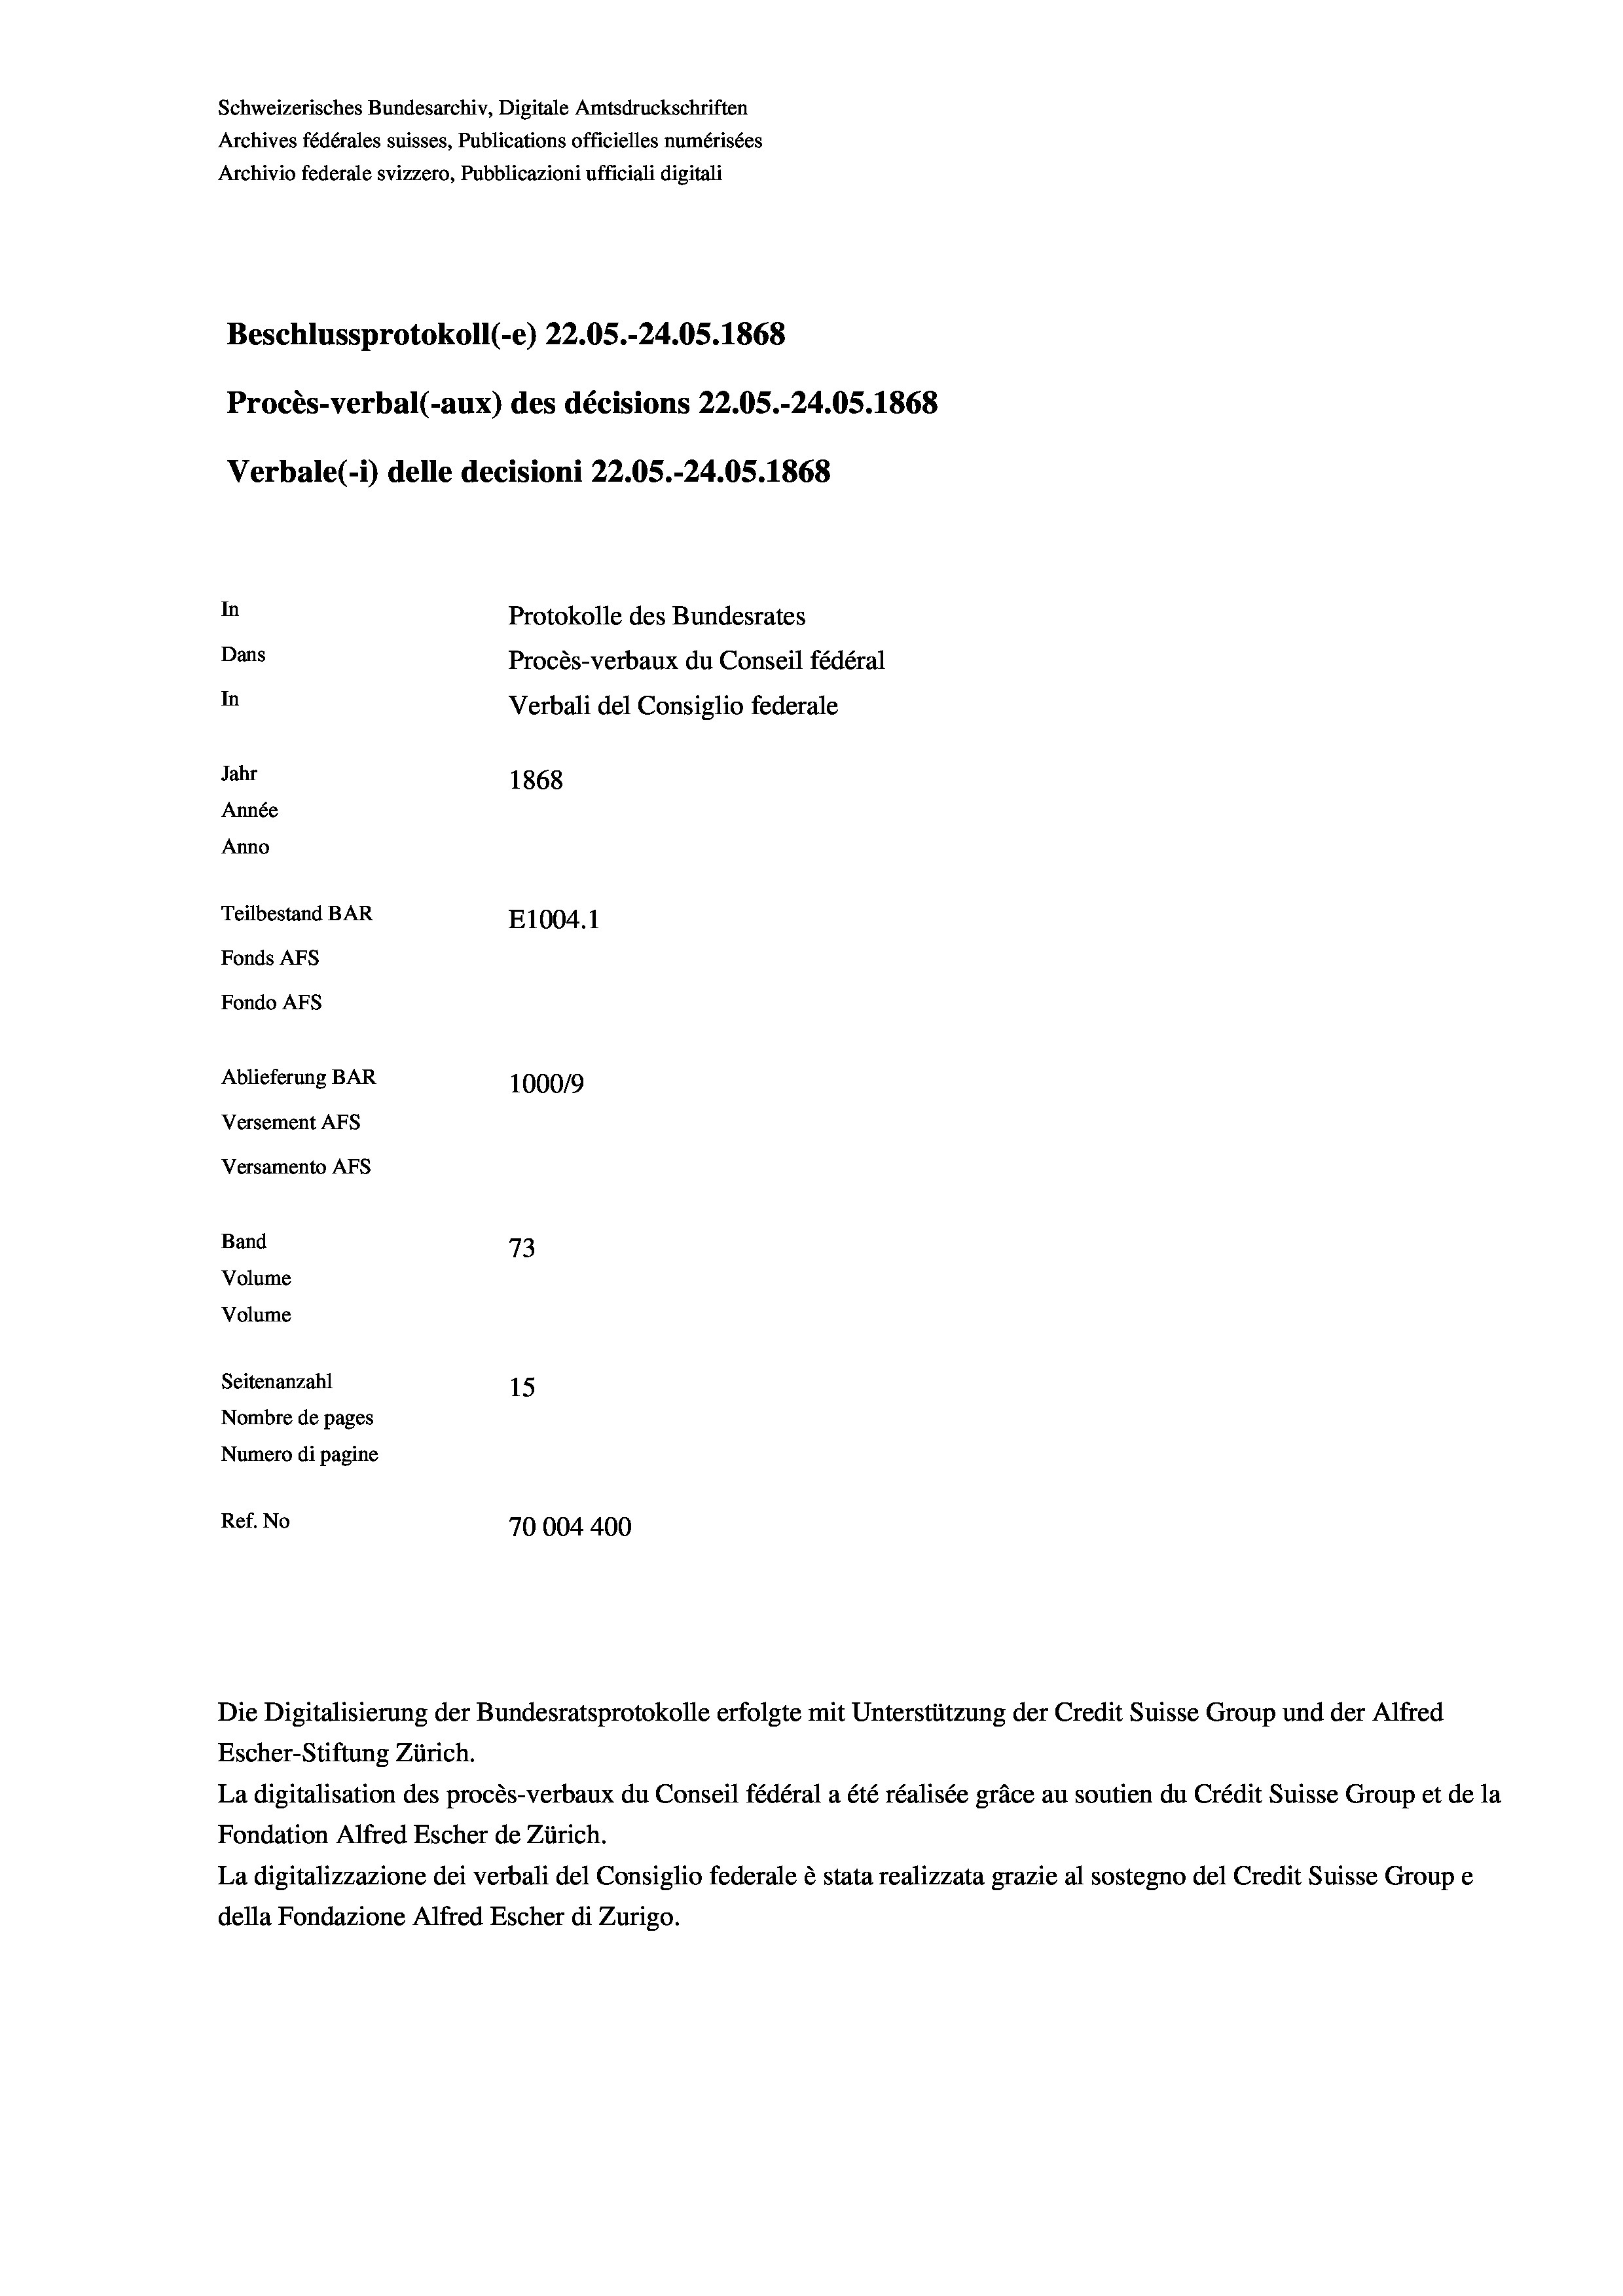
Schweizerisches Bundesarchiv, Digitale Amtsdruckschriften
Archives fédérales suisses, Publications officielles numérisées
Archivio federale svizzero, Pubblicazioni ufficiali digitali
Beschlussprotokoll (-e) 22.05.-24.05. 1868
Procès-verbal (-aux) des décisions 22.05.-24.05. 1868
Verbale (1) delle decisioni 22.05.-24.05. 1868
In
Protokolle des Bundesrates
Dans
Procès-verbaux du Conseil fédéral
In
Verbali del Consiglio federale
Jahr
1868
Année
Anno
Teilbestand BAR
E1004. 1
Fonds AFs
Fondo Afs
Ablieferung BAR
100019
Versement Ans
Versamento Afs
Band
73
Volume
Volume
Seitenanzahl
15
Nombre de pages
Numero di pagine
Ref. No
70004400

Escher-Stiftung Zürich.
La digitalisation des procès-verbaux du Conseil fédéral a été réalisée gräce au soutien du Crédit Suisse Group et de la
Fondation Alfred Escher de Zürich.
La digitalizzazione dei verbali del Consiglio federale è stata realizzata grazie al sostegno del Credit Suisse Groupe
della Fondazione Alfred Escher di Zurigo.

Die Digitalisierung der Bundesratsprotokolle erfolgte mit Unterstützung der Credit Suisse Group und der Alfred